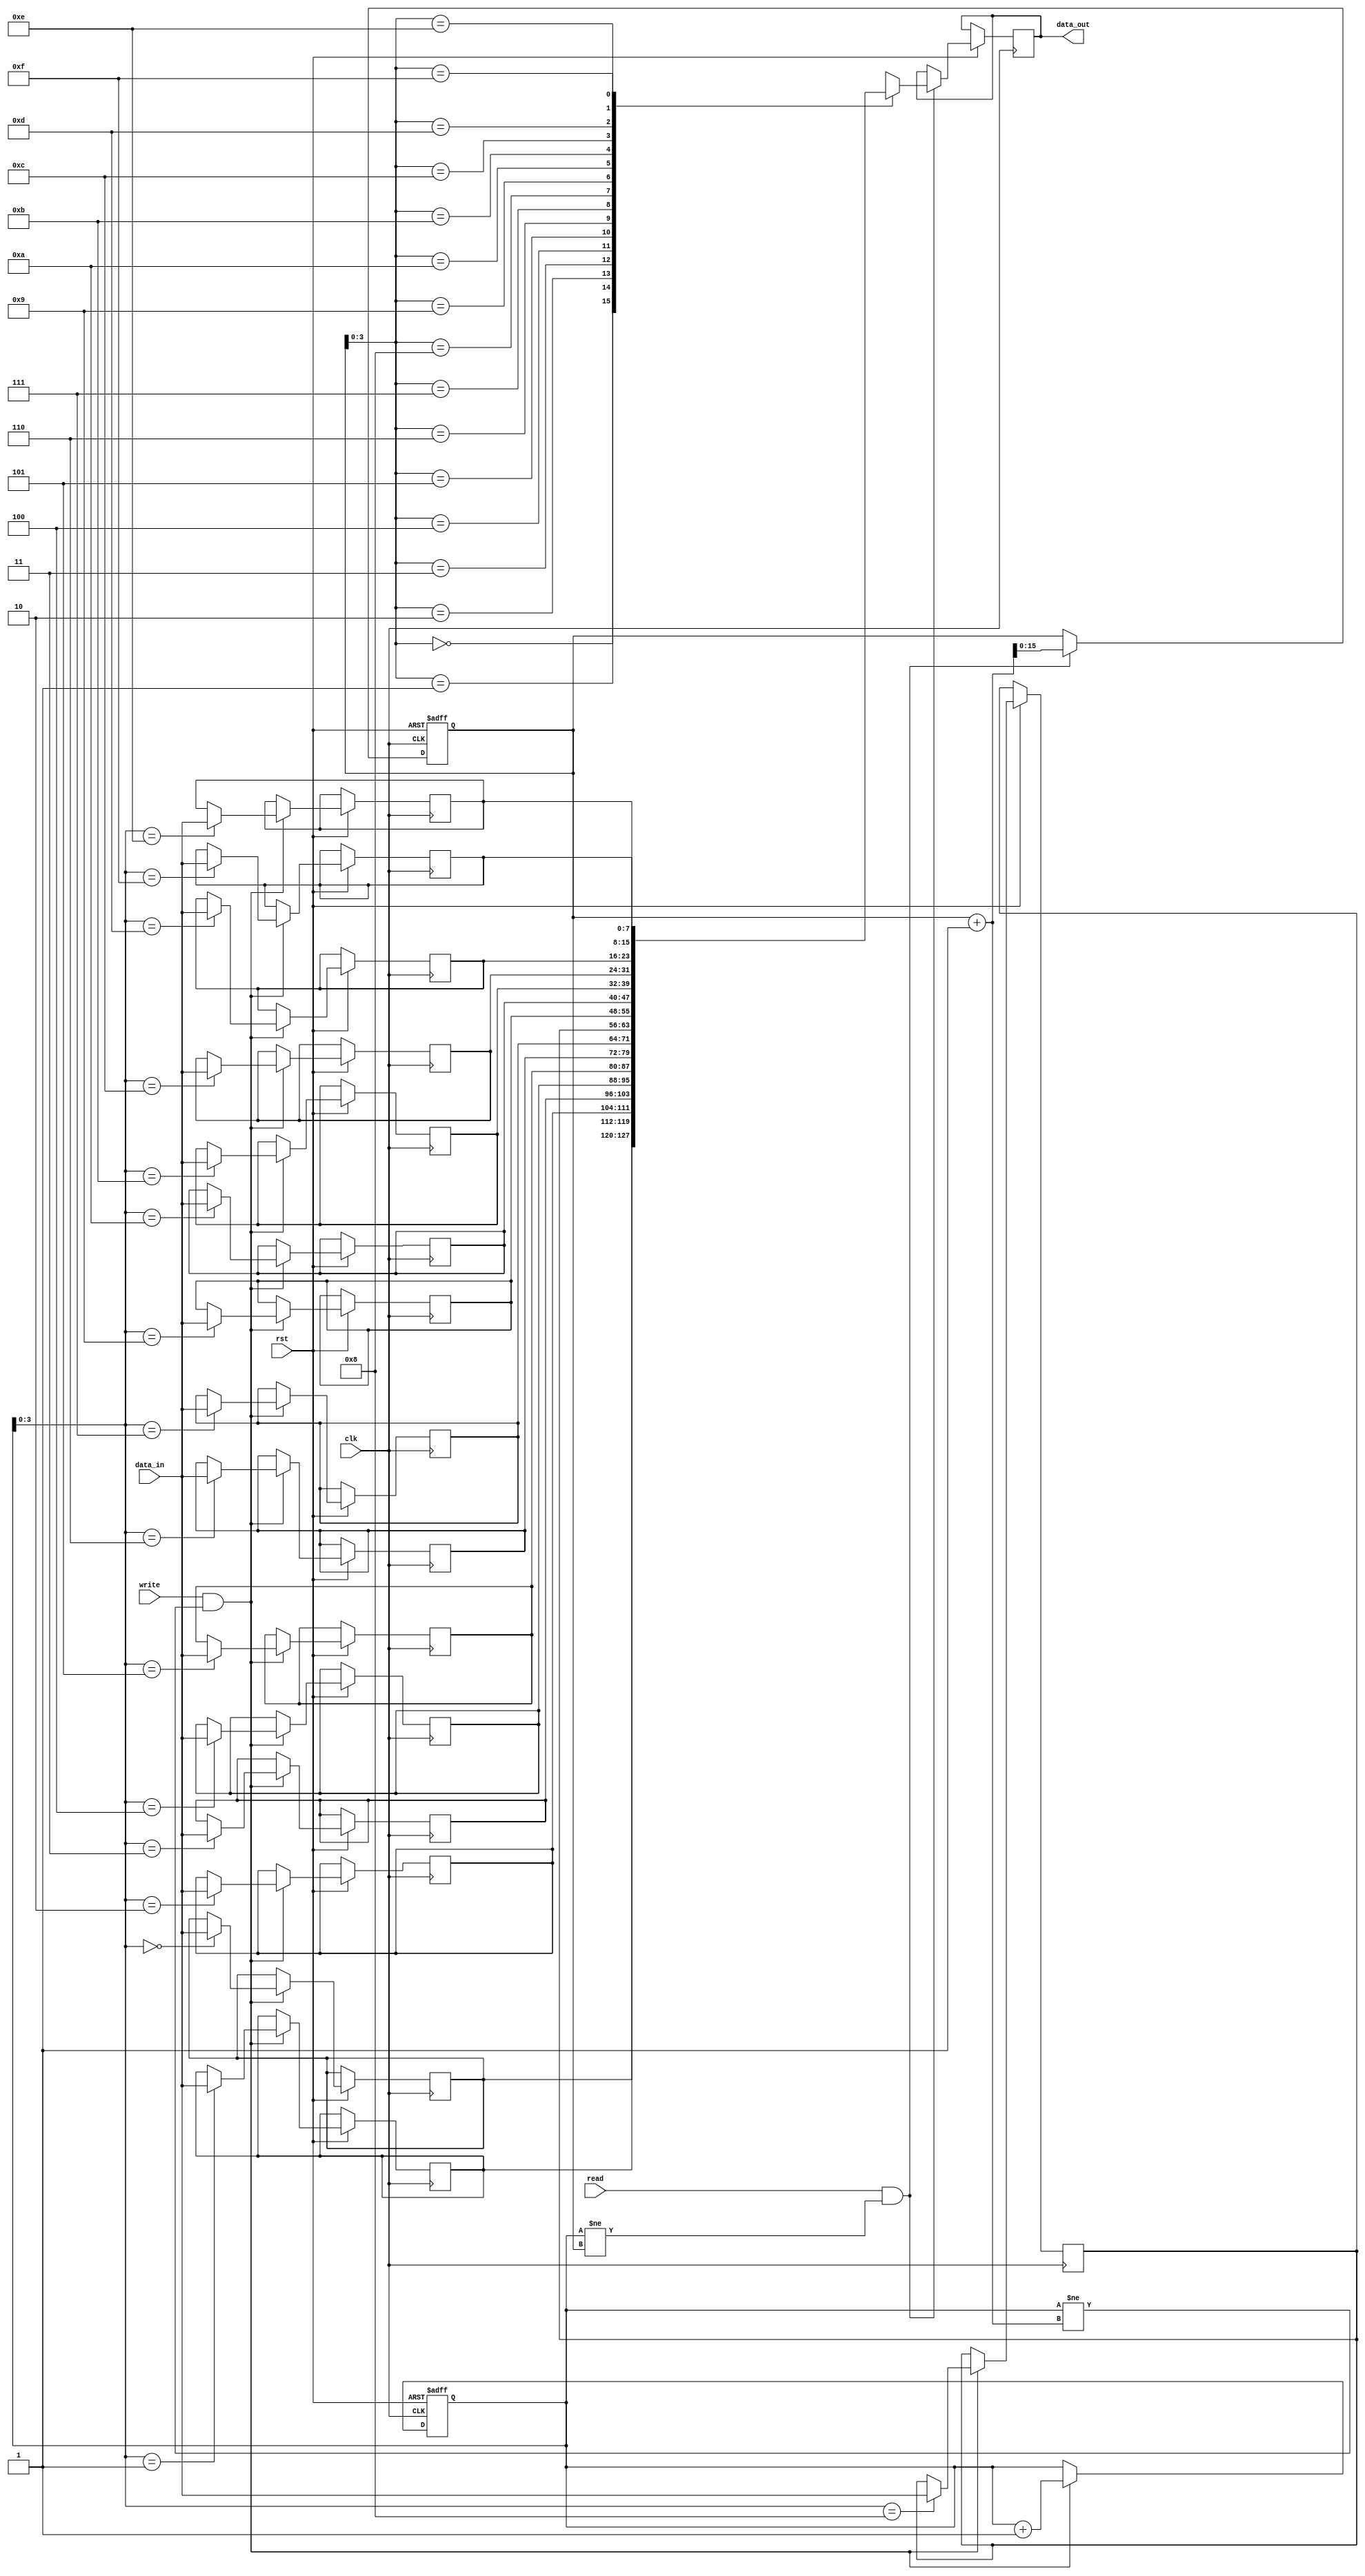
module First_Word_Fall_Through_FIFO_buffer
(
    input wire clk,
    input wire rst,

    input wire [DATA_WIDTH-1:0] data_in,
    output wire [DATA_WIDTH-1:0] data_out,
    input wire write,
    input wire read
);

parameter DATA_WIDTH = 8;
parameter DEPTH = 16;

reg [DATA_WIDTH-1:0] fifo [DEPTH-1:0];
reg [DEPTH-1:0] write_ptr;
reg [DEPTH-1:0] read_ptr;

always @(posedge clk or negedge rst) begin
    if(!rst) begin
        write_ptr <= 0;
        read_ptr <= 0;
    end else begin
        if(write && (write_ptr != read_ptr + 1)) begin
            fifo[write_ptr] <= data_in;
            write_ptr <= write_ptr + 1;
        end

        if(read && (write_ptr != read_ptr)) begin
            data_out <= fifo[read_ptr];
            read_ptr <= read_ptr + 1;
        end
    end
end

endmodule